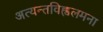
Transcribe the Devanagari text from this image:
अत्यन्तविह्वलमना